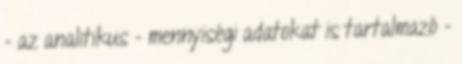
- az analitikus - mennyiségi adatokat is tartalmazó -